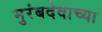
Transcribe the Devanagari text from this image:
मुरंबदेवाच्या